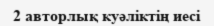
2 авторлық куәліктің иесі